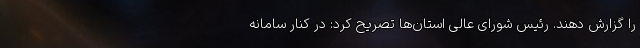
را گزارش دهند. رئیس شورای عالی استان‌ها تصریح کرد: در کنار سامانه